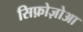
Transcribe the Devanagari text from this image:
सिफ़ोज़ोआ